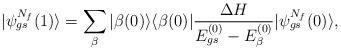
LaTeX: \begin{align*}|\psi_{gs}^{N_f}{(1)}\rangle=\sum_{\beta}|\beta{(0)}\rangle \langle \beta {(0)}|\frac{\Delta H}{E_{gs}^{(0)}-E_\beta^{(0)}}|\psi_{gs}^{N_f}{(0)}\rangle,\end{align*}